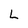
Character: L